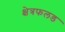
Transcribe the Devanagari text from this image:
क्षेत्रफलड